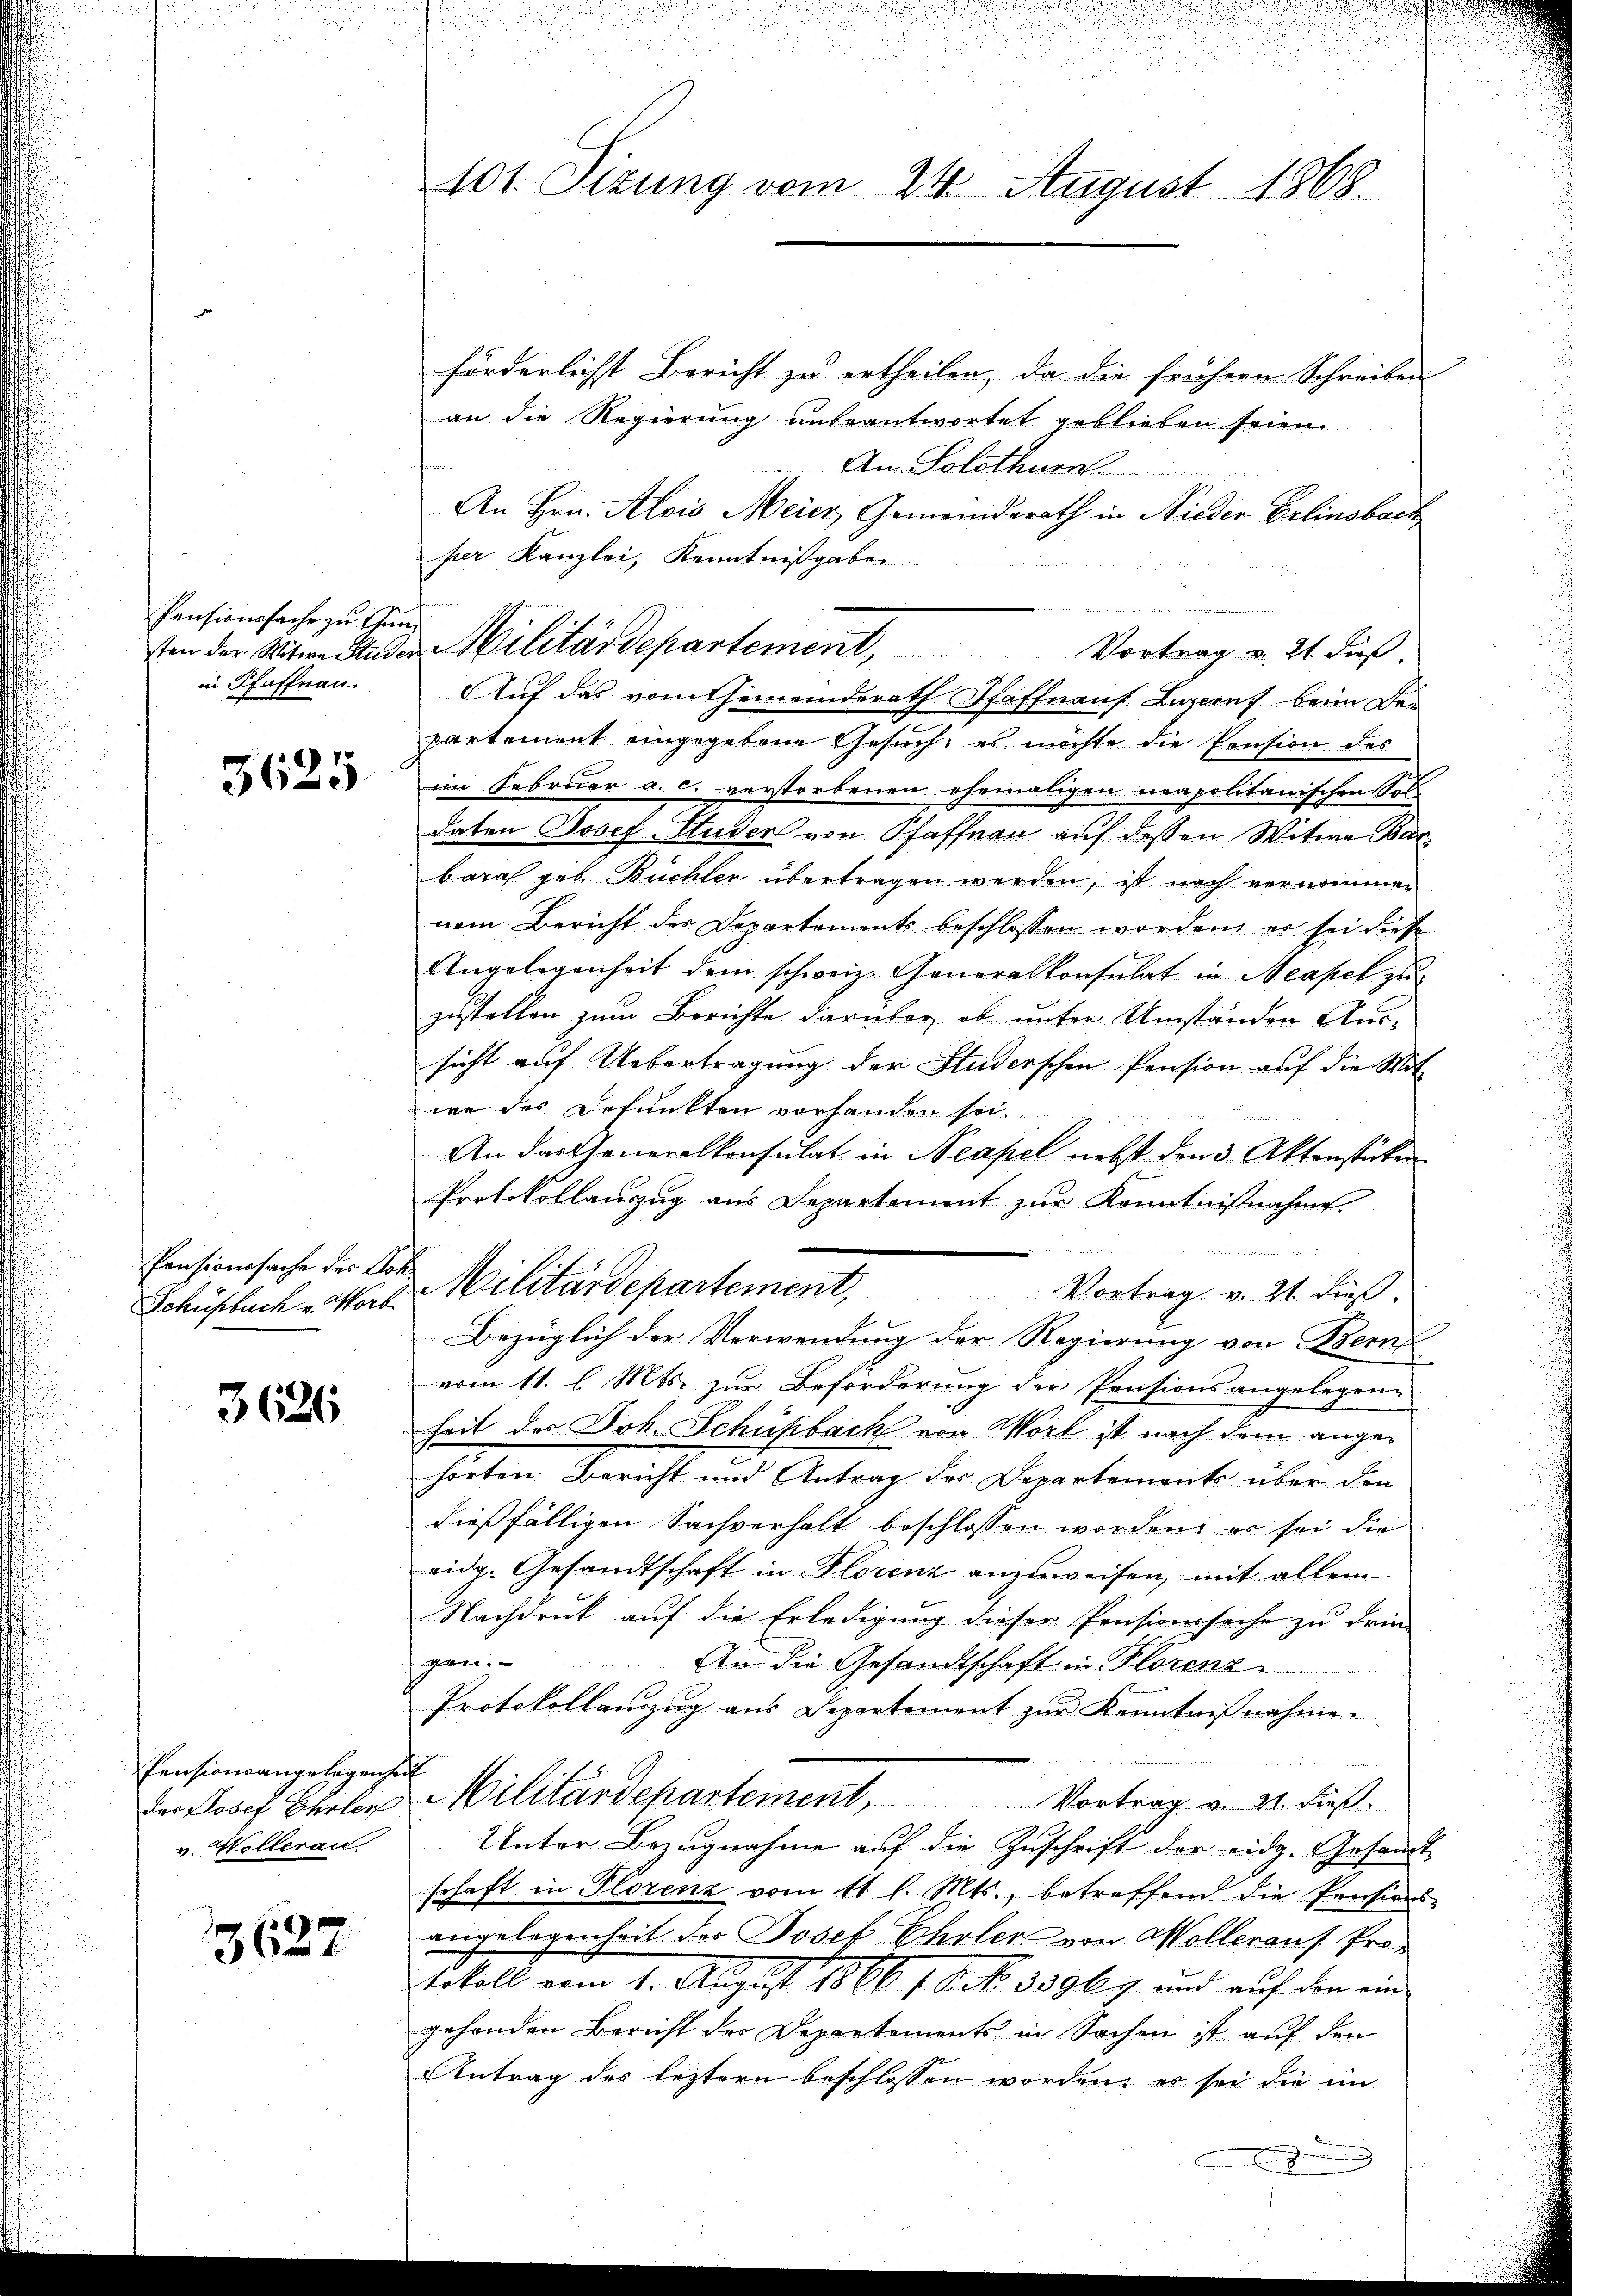
Pensionssache zu Gun
in Pfaffnen.

3625

Pensionssache des Joh.
Schüsbach v. Worb.

3626

Pensionsangelegenchen
der Josef Eheler
v. Wollerau

3627

101. Sizung vom 24. August 1868.

förderlichst Bericht zu ertheilen, da die frühern Schreiben
an die Regierung unteantwortet geblieben seien.
 An Solothurn
An Hrn. Alois Meier, Gemeindsrath in Nieder Erlinsbach
ser Kanzlei, Kenntnißgaben
sten der Witwe Studer Militärdepartement, Vortrag v. 21 dieβ
partement eingegebene Gesuch, es möchte die Pension des
im Februar a. c. verstorbenen ehemaligen neapolitanischen Sol
daten Josef Studer von Pfaffnau auf dessen Witwe Bar
bara geb. Büchler übertragen werden, ist nach vernommen
nem Bericht der Departements beschlossen worden, er sei diese
Angelegenheit dem schweiz. Generalkonsulat in Neapel zu
zustellen zum Berichte darüber, ob unter Umständen Aussicht auf Uebertragung der Studerschen Pension auf die Mit
we des Befunkten vorhanden sei.
An das Generalkonsulat in Neapel nebst den 3 Aktenstücken
Protokollanzug aus Departement zur Kenntnißnahme
Militärdepartement, Vortrag v. 21. dieß
Bezüglich der Verwendung der Regierung von Bern
vom 11. l. Mts. zur Beförderung der Pensionsangelegen
heit des Joh. Schüpbach von Wort ist nach dem angehörten Bericht und Antrag der Departements über den
dießfälligen Sachverhalt beschlossen worden, er sei die
eidg. Gesandtschaft in Florenz anzuweisen, mit allem
Nachdruk auf die Erledigung dieser Pensionssache zu drin-
gen.
An die Gesandtschaft in Florenz
Protokollanzug aus Departement zur Kenntnißnahme.

f
Militärdepartement, Vortrag v. 21. dieβ.
Unter Bezugnahme auf die Zuschrift der eidg. Gesandt
schaft in Florenz vom 11. l. Mts., betreffend die Pensions-
angelegenheit des Josef Ehrler von Möllerauf Protokoll vom 1. August 1866 18. No. 339 kg und auf den ein
gehenden Bericht des Departements in Sachen ist auf den
Antrag des leztern beschlossen worden, es sei die im

Auf das vom Gemeinderath Pfaffnauf Luzern beim De¬

2